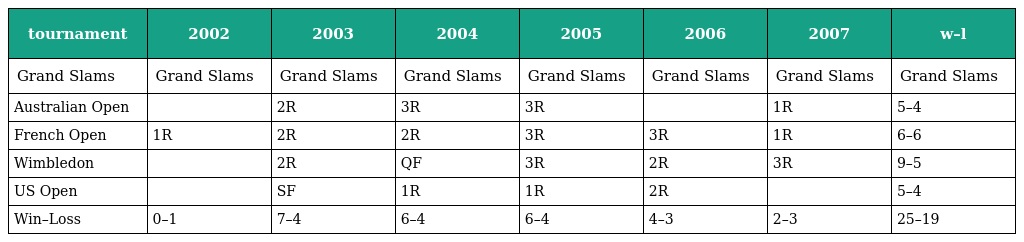
| tournament | 2002 | 2003 | 2004 | 2005 | 2006 | 2007 | w–l |
 | --- | --- | --- | --- | --- | --- | --- | --- |
 | Grand Slams | Grand Slams | Grand Slams | Grand Slams | Grand Slams | Grand Slams | Grand Slams | Grand Slams |
 | Australian Open |  | 2R | 3R | 3R |  | 1R | 5–4 |
 | French Open | 1R | 2R | 2R | 3R | 3R | 1R | 6–6 |
 | Wimbledon |  | 2R | QF | 3R | 2R | 3R | 9–5 |
 | US Open |  | SF | 1R | 1R | 2R |  | 5–4 |
 | Win–Loss | 0–1 | 7–4 | 6–4 | 6–4 | 4–3 | 2–3 | 25–19 |